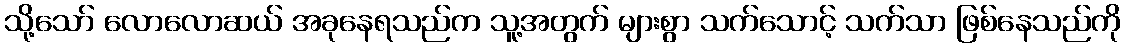
သို့သော် လောလောဆယ် အခုနေရသည်က သူ့အတွက် များစွာ သက်သောင့် သက်သာ ဖြစ်နေသည်ကို